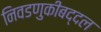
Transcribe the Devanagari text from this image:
निवडणुकीबद्दल